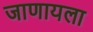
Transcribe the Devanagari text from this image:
जाणायला